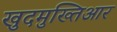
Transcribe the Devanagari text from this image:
खुदमुख्तिआर